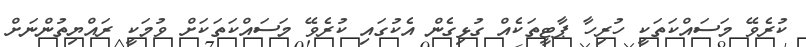
ކުރެވޭ މަސައްކަތަކީ ހުރިހާ ޕާޓީތަކެއް ގުޅިގެން އެކުގައި ކުރެވޭ މަސައްކަތަކަށް ވުމަކީ ރައްޔިތުންނަށް